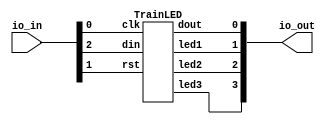
// This program was cloned from: https://github.com/sarfrazenator/Sarfraz_TinyTapeout
// License: Apache License 2.0


`default_nettype none

module user_module_341631485498884690(
  input [7:0] io_in,
  output [7:0] io_out
);

TrainLED LED1 (
    .clk(io_in[0]),
    .rst(io_in[1]),
    .din(io_in[2]),
    .dout(io_out[0]),
    .led1(io_out[1]),
    .led2(io_out[2]),
    .led3(io_out[3])
    );

endmodule


module TrainLED(clk,rst,din,dout,led1,led2,led3);

input clk,rst,din;
output dout;
output led1,led2,led3;

reg [3:0] finecount;
reg outdff;
reg [11:00] shiftregister;
reg [11:00] shiftlatch;
reg [3:0] bitcount;
reg [7:0] resetcount;
reg [3:0] pwmcounter;
reg [1:0] mode;  // 0=receive, 1=forward, 2=reset

PWMEngine PWM1 (.clk(clk),.rst(rst),.counter(pwmcounter),.PW_in(shiftlatch[3:0]),.led(led1));
PWMEngine PWM2 (.clk(clk),.rst(rst),.counter(pwmcounter),.PW_in(shiftlatch[7:4]),.led(led2));
PWMEngine PWM3 (.clk(clk),.rst(rst),.counter(pwmcounter),.PW_in(shiftlatch[11:8]),.led(led3));

    always @(posedge clk)
        if (rst) begin
            finecount <= 0;
            outdff <= 0;
            shiftregister <= 0;
            bitcount <= 0;
            mode <= 0;
            pwmcounter <=0;
            resetcount <=0;
        end
        else begin
            // PWM mastercounter
            pwmcounter <= pwmcounter + 1'b1;

            // data recovery
            if ((finecount < 4'b1011) && (finecount >= 4'b0010))
                    finecount <= finecount + 1'b1;
            else 
                if (din && (finecount < 4'b0010))
                    finecount <= finecount + 1'b1;
                else
                    if (~din)
                        finecount <= 0;

            // state machine
            if (mode == 2'b00) begin          
                // handle data store (mode=0, receive)
                if (finecount == 4'b0110) begin
                    shiftregister <= {shiftregister[10:0], din};
                    bitcount <= bitcount + 1'b1;
                    if (bitcount == 4'b1011)
                        mode <= 2'b01;        
                end
                outdff <= 1'b0;
            end
            else // mode reset
                if ((mode == 2'b10) && (finecount == 4'b0010)) begin
                    mode <= 2'b00;
                    bitcount <= 4'b0000;
                end 
                else begin    
                    // handle data out (forward)        
                    case(finecount)
                        4'b0010: outdff <= 1'b1; 
                        4'b0110: outdff <= din;
                        4'b1010: outdff <= 1'b0;
                    endcase;
                    end

            // Handle reset. 
            // Resetcounter is increased while no bits arrive
            if (finecount <= 4'b0010) begin
                resetcount <= resetcount + 1'b1;
                if (resetcount == 8'd96) begin  // reset after 8 bit times
                    mode <= 2'b10;
                end
            end 
            else 
                resetcount <= 0;
        end

    // Handle PWMlatch
    always@(*)
        if (clk && (pwmcounter == 4'b1111) && (bitcount == 4'b1100) && (mode == 2'b10) ) begin
            shiftlatch <= shiftregister;
        end 

assign dout = outdff;

endmodule

module PWMEngine(clk,rst,PW_in,counter,led);

input [3:0] PW_in;   // 
input [3:0] counter;   // 
input clk;
input rst;
output led;

reg LEDdff;

	always @(posedge clk)
		if (rst) begin
            LEDdff <= 0;
		end
		else begin

            if (counter == PW_in)
                LEDdff <= 1'b0;
            else if (counter == 0)
                LEDdff <= 1'b1;
        end

assign led = LEDdff;

endmodule